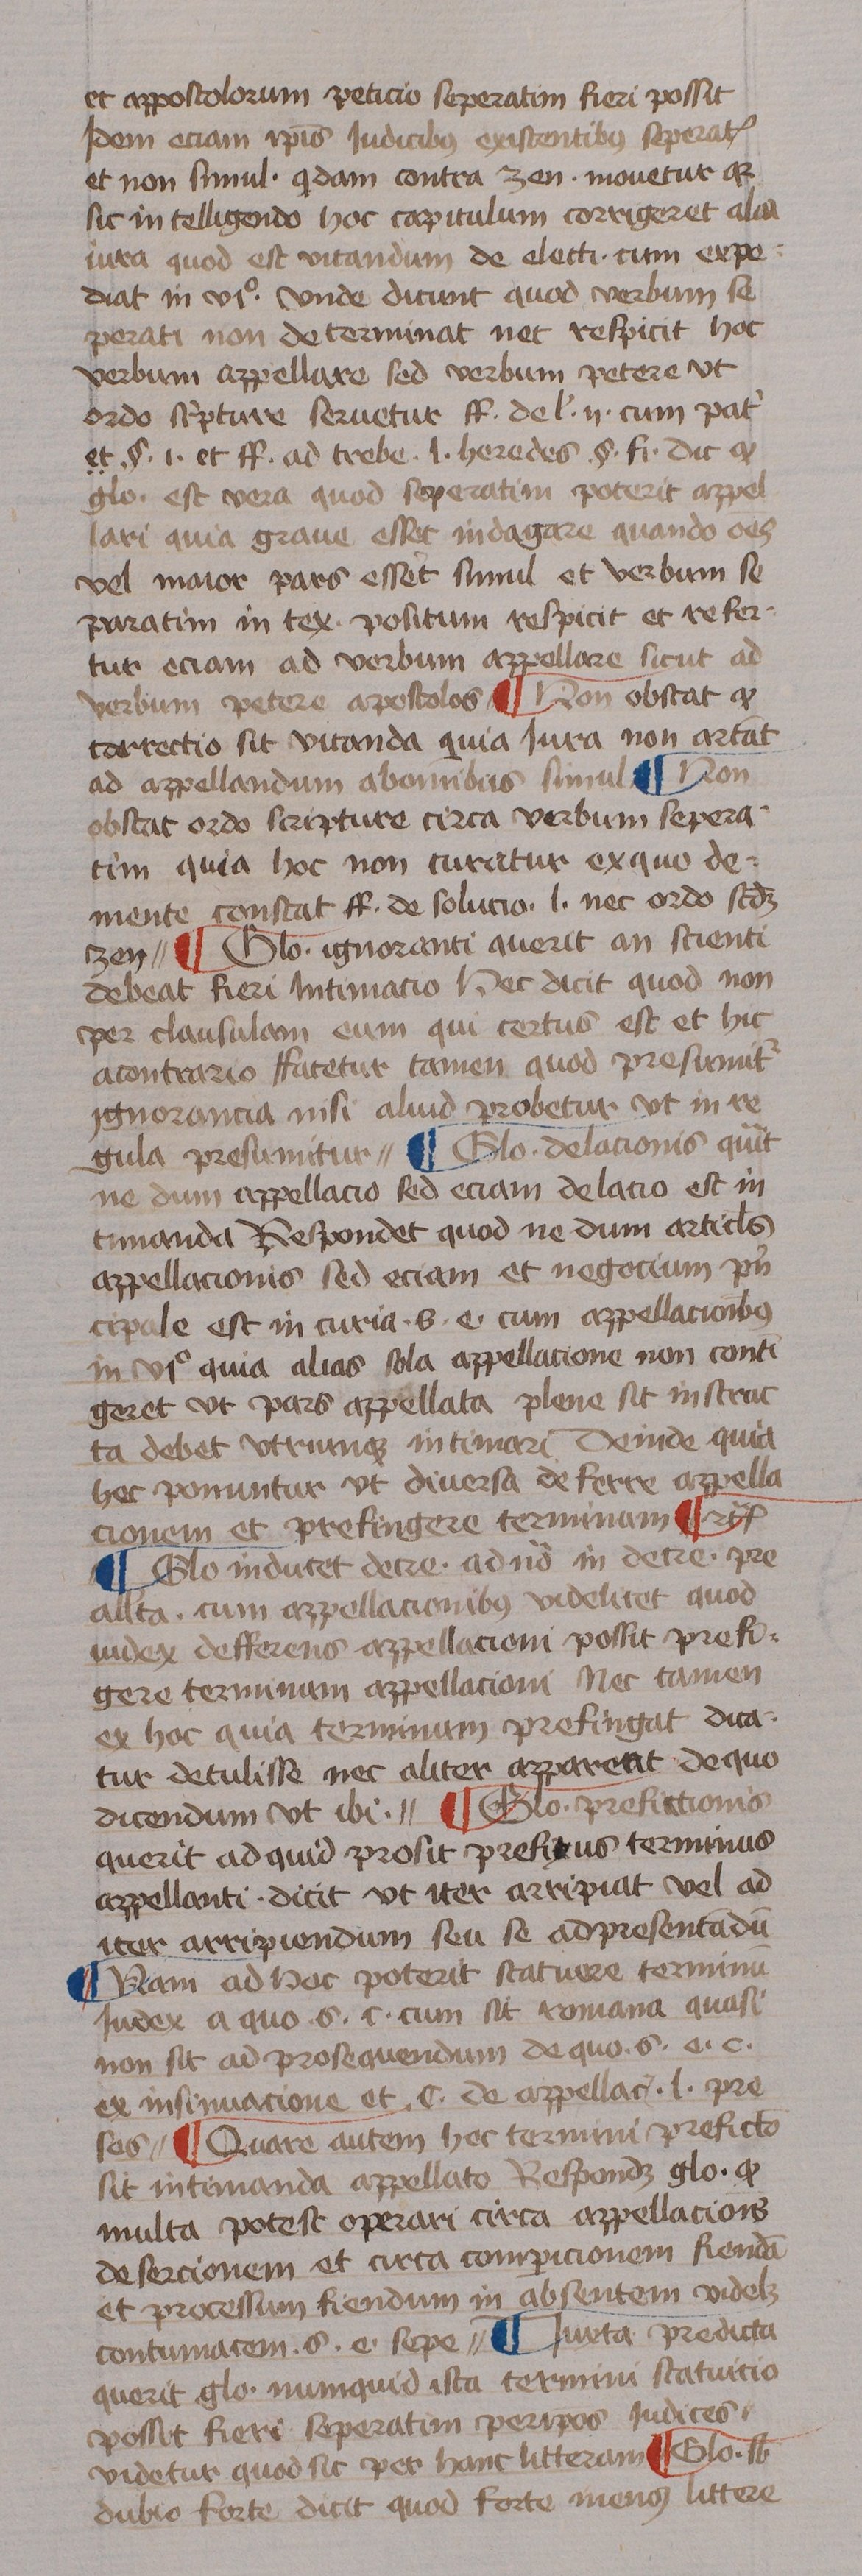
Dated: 1433–1465